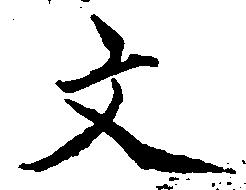
文